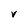
Character: V